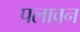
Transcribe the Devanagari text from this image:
पलावन